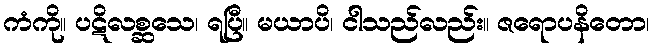
ကံကို။ ပဋိလစ္ဆသေ၊ ရပြီ။ မယာပိ၊ ငါသည်လည်း။ ဇရောပနိတော၊